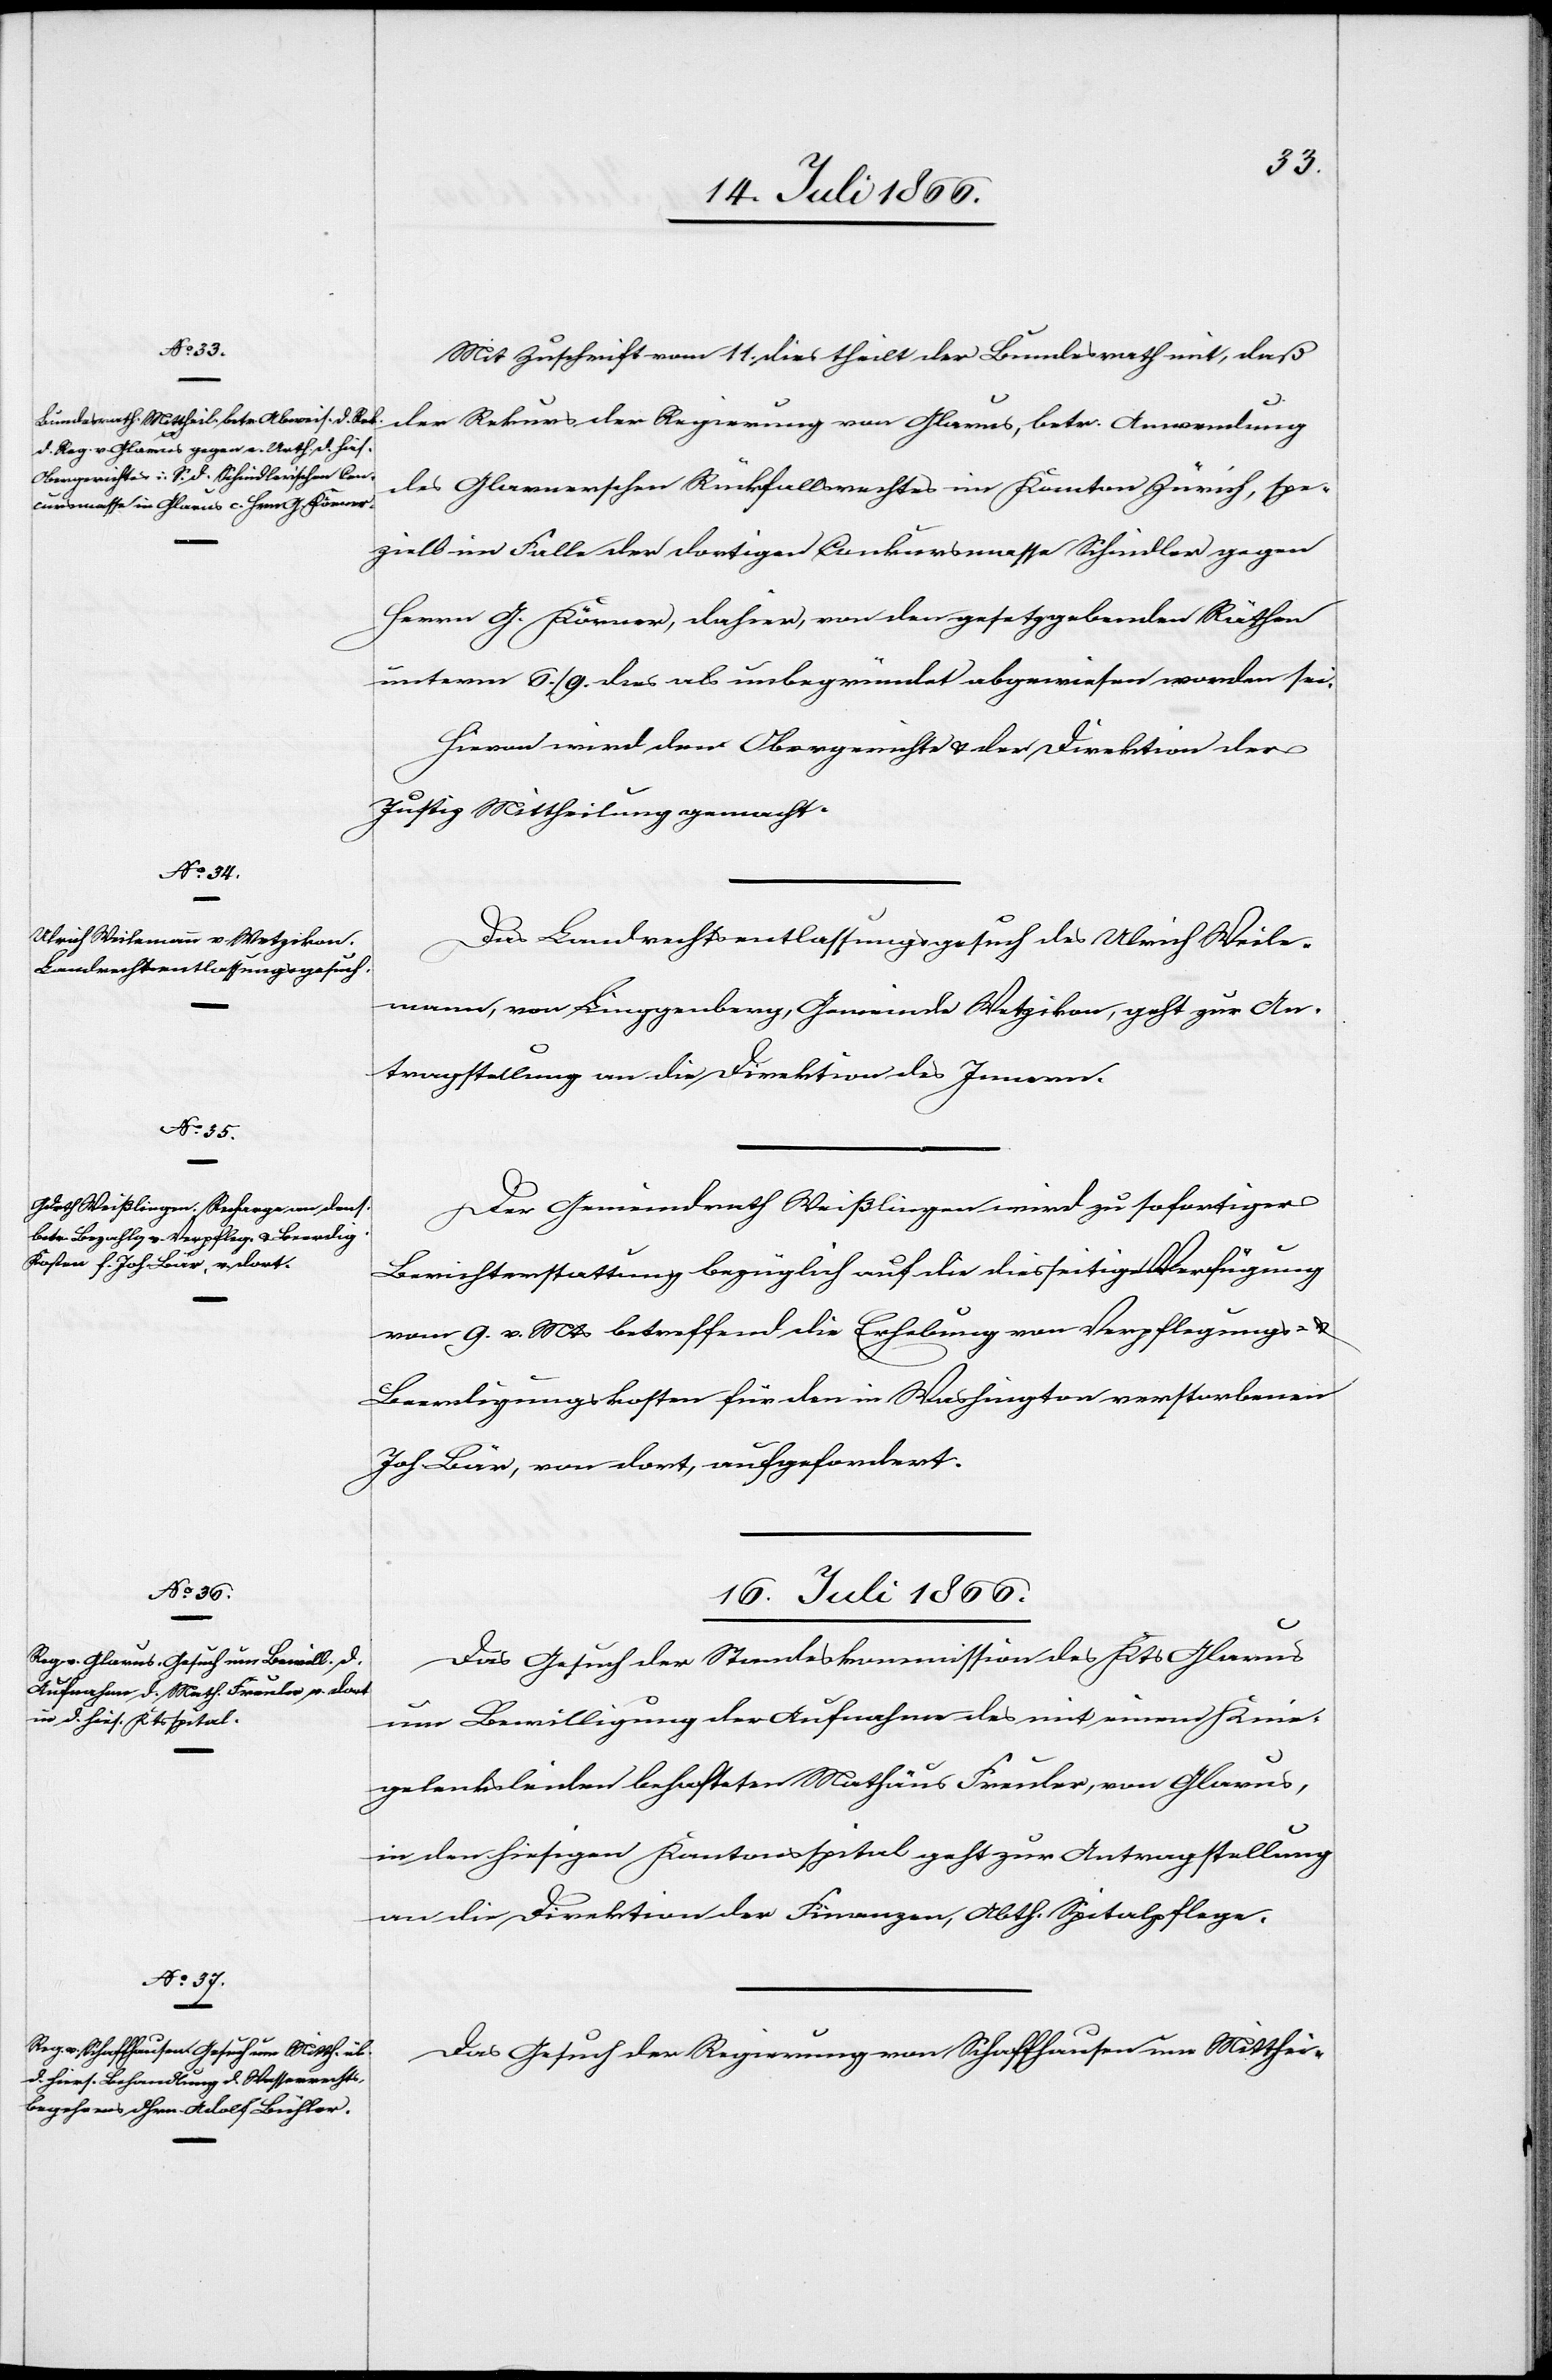
14. Juli 1866.]
Mit Zuschrift vom 11. dies theilt der Bundesrath mit, daß
der Rekurs der Regierung von Glarus, betr. Anwendung
des Glarnerschen Rückfallrechtes im Kanton Zürich, spe¬
ziell im Falle der dortigen Conkursmasse Schindler gegen
Herrn G. Körner, dahier, von den gesetzgebenden Räthen
unterm 6./9. dies als unbegründet abgewiesen worden sei.
Hievon wird dem Obergerichte u. der Direktion der
Justiz Mittheilung gemacht.
Das Landrechtsentlassungsgesuch des Ulrich Weile¬
mann, von Linggenberg, Gemeinde Wetzikon, geht zur An¬
tragstellung an die Direktion des Innern.
Der Gemeindrath Weißlingen wird zu sofortiger
Berichterstattung bezüglich auf die diesseitige Verfügung
vom 9. v. Mts. betreffend die Erhebung von Verpflegungs- u.
Beerdigungskosten für den in Washington verstorbenen
Joh. Bär, von dort, aufgefordert.
16. Juli 1866.]
Das Gesuch der Standeskommission des Kts. Glarus
um Bewilligung der Aufnahme des mit einem Knie¬
gelenkleiden behafteten Mathäus Freuler, von Glarus,
in den hiesigen Kantonsspital geht zur Antragstellung
an die Direktion der Finanzen, Abth. Spitalpflege.
Das Gesuch der Regierung von Schaffhausen um Mitthei-